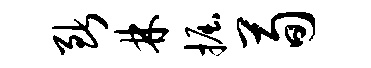
断林掘荀